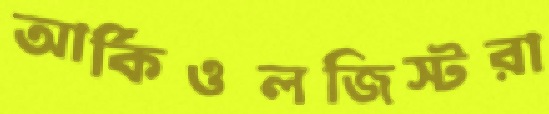
আর্কিওলজিস্টরা